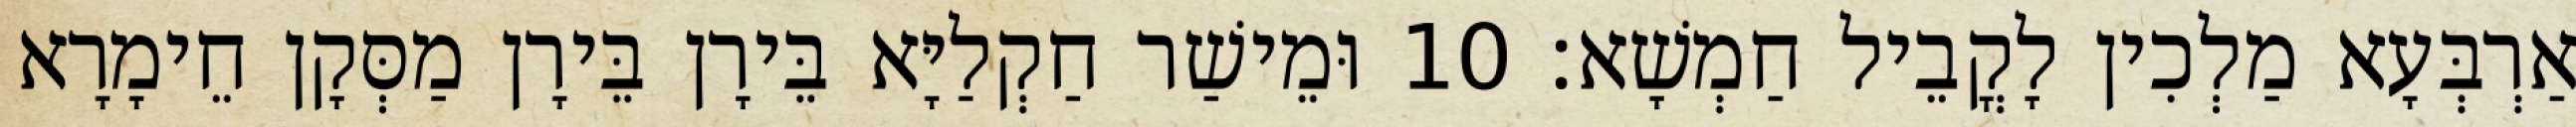
אַרְבְּעָא מַלְכִין לָקֳבֵיל חַמְשָׁא׃ 10 וּמֵישַׁר חַקְלַיָּא בֵּירָן בֵּירָן מַסְּקָן חֵימָרָא